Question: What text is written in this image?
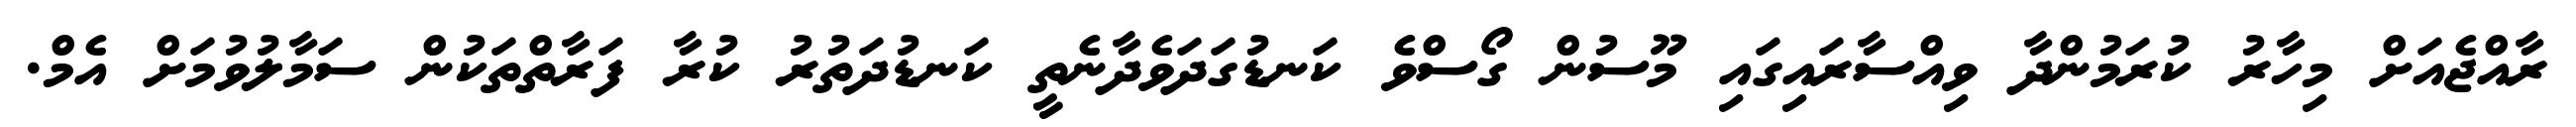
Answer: ރާއްޖެއަށް މިހާރު ކުރަމުންދާ ވިއްސާރައިގައި މޫސުން ގޯސްވެ ކަނޑުގަދަވެދާނެތީ ކަނޑުދަތުރު ކުރާ ފަރާތްތަކުން ސަމާލުވުމަށް އެމް.